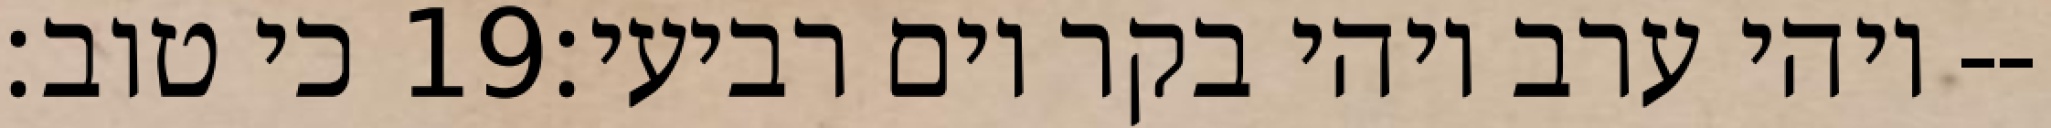
כי טוב׃ ‎19‏ ויהי ערב ויהי בקר יום רביעי׃--